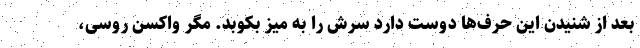
بعد از شنیدن این حرف‌ها دوست دارد سرش را به میز بکوبد. مگر واکسن روسی،